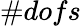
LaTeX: \# dofs